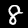
Digit: 8